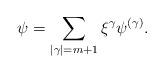
LaTeX: \begin{align*}\psi=\sum_{|\gamma|=m+1} \xi^{\gamma} \psi^{(\gamma)}.\end{align*}